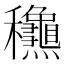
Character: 𥤛